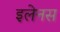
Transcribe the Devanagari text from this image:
इलेनस